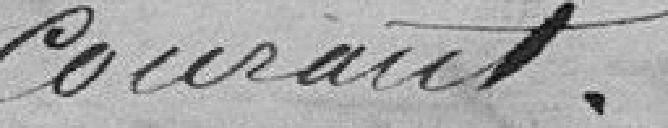
courant.